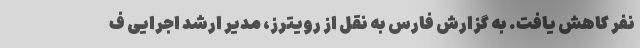
نفر کاهش یافت. به گزارش فارس به نقل از رویترز، مدیر ارشد اجرایی ف